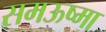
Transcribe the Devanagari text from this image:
समऊष्मा